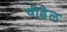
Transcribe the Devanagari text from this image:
चीडेल